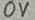
Text: 0V